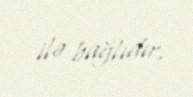
ilə bağlıdır.